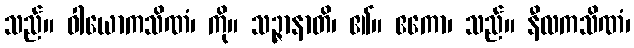
သည်။ ဝါယောကသိဏံ၊ ကို။ သဉ္ဇာနာတိ၊ ၏။ ဧကော၊ သည်။ နီလကသိဏံ၊